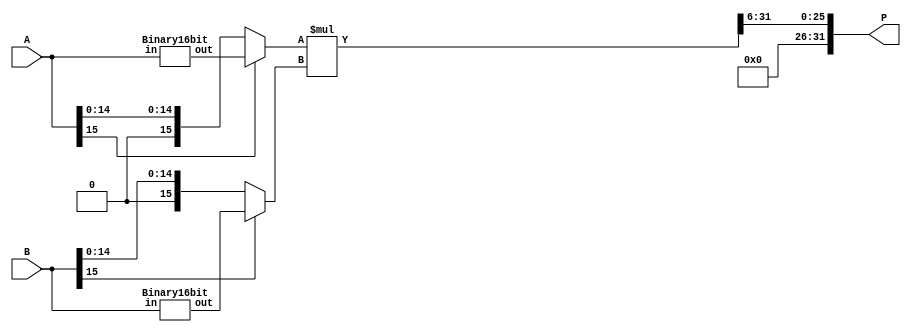
/*--  *******************************************************
--  Computer Architecture Course, Laboratory Sources 
--  Amirkabir University of Technology (Tehran Polytechnic)
--  Department of Computer Engineering (CE-AUT)
--  https://ce[dot]aut[dot]ac[dot]ir
--  *******************************************************
--  All Rights reserved (C) 2019-2020
--  *******************************************************
--  Student ID  : 
--  Student Name: 
--  Student Mail: 
--  *******************************************************
--  Additional Comments:
--
--*/

/*-----------------------------------------------------------
---  Module Name: 16 Bit Multiplier
---  Description: Module1: 
-----------------------------------------------------------*/
`timescale 1 ns/1 ns

module Multiplier16x16 (
	input  [15:0] A , // input  [unsigned 16 bits]
	input  [15:0] B , // input  [unsigned 16 bits]
	output [31:0] P   // output [unsigned 32 bits]
);

	wire [15:0] A_binary, B_binary;
	Binary16bit v16_1(A, A_binary);
	Binary16bit v16_2(B, B_binary);
	
	wire [15:0] A_final, B_final;
	
	wire s_a, s_b;
	assign s_a = A[15];
	assign s_b = B[15];
	
	assign A_final = s_a ? A_binary: A;
	assign B_final = s_b ? B_binary: B;

	wire [31:0] hold;
	assign hold = A_final * B_final;
	assign P = hold[31:6];

endmodule



module Binary16bit(
	input  [15:0] in,
	output [15:0] out
);

	assign out = ~(in - 1'b1);
	
endmodule